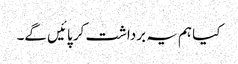
کیا ہم یہ برداشت کر پائیں گے۔